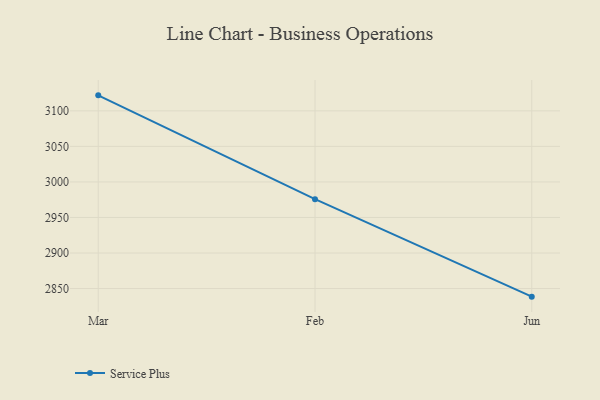
{"axis": {"x": "Month", "y": "Website Visitors"}, "legend": ["Service Plus"], "data": [{"x": "Mar", "y": 3121.8, "type": "Service Plus"}, {"x": "Feb", "y": 2975.7, "type": "Service Plus"}, {"x": "Jun", "y": 2838.6, "type": "Service Plus"}]}